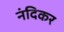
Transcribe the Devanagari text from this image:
नंदिकर